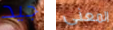
جيد المعنى